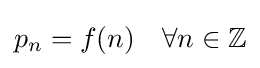
p_{n}=f(n)\quad \forall n\in \mathbb {Z}